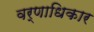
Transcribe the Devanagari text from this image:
वर्णाधिकार